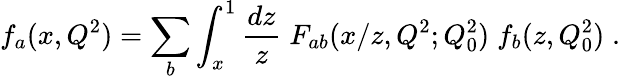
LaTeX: f_{a}(x,Q^{2})=\sum_{b}\int_{x}^{1}\frac{dz}{z}\; F_{ab}(x/z,Q^{2};Q_{0}^{2})\; f_{b}(z,Q_{0}^{2})\; .